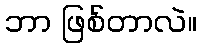
ဘာ ဖြစ်တာလဲ။